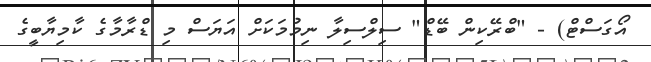
އޯގަސްޓް) - "ބްރޭކިން ބޭޑް" ސިލްސިލާ ނިމުމަކަށް އަޔަސް މި ޑްރާމާގެ ކާމިޔާބީގެ